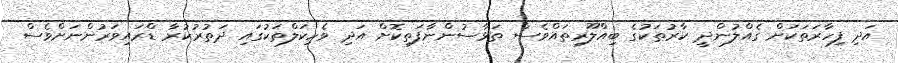
އަދި ފިހާރަތަކަށް ގެއްލުންދީ ކާރުތަކުގެ ބިއްލޫރިތައްވެސް ތަޅާސުންނާފަތިކޮށް އަދި ވެހިކަލްތަކުގައި ދަތުރުކުރާ ޑްރައިވަރުންނަށްވެސް